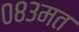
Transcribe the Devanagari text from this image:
०८३मत